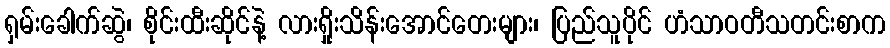
ရှမ်းခေါက်ဆွဲ၊ စိုင်းထီးဆိုင်နဲ့ လားရှိုးသိန်းအောင်တေးများ၊ ပြည်သူပိုင် ဟံသာဝတီသတင်းစာက